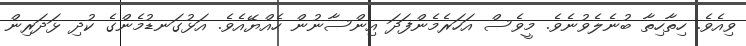
ވިއެވެ. ހިތާހިތާ ބުނެލެވުނެވެ. މީވެސް އަހަރެމެންފަދަ އިންސާނުން ހެއްޔޭއެވެ. އަޅުގަނޑުމެންގެ ކުދި ޅަދަރިން